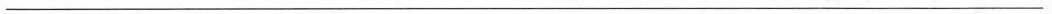
___